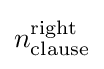
n_{\text{clause}}^{\text{right}}